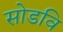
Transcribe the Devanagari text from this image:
सोडवि